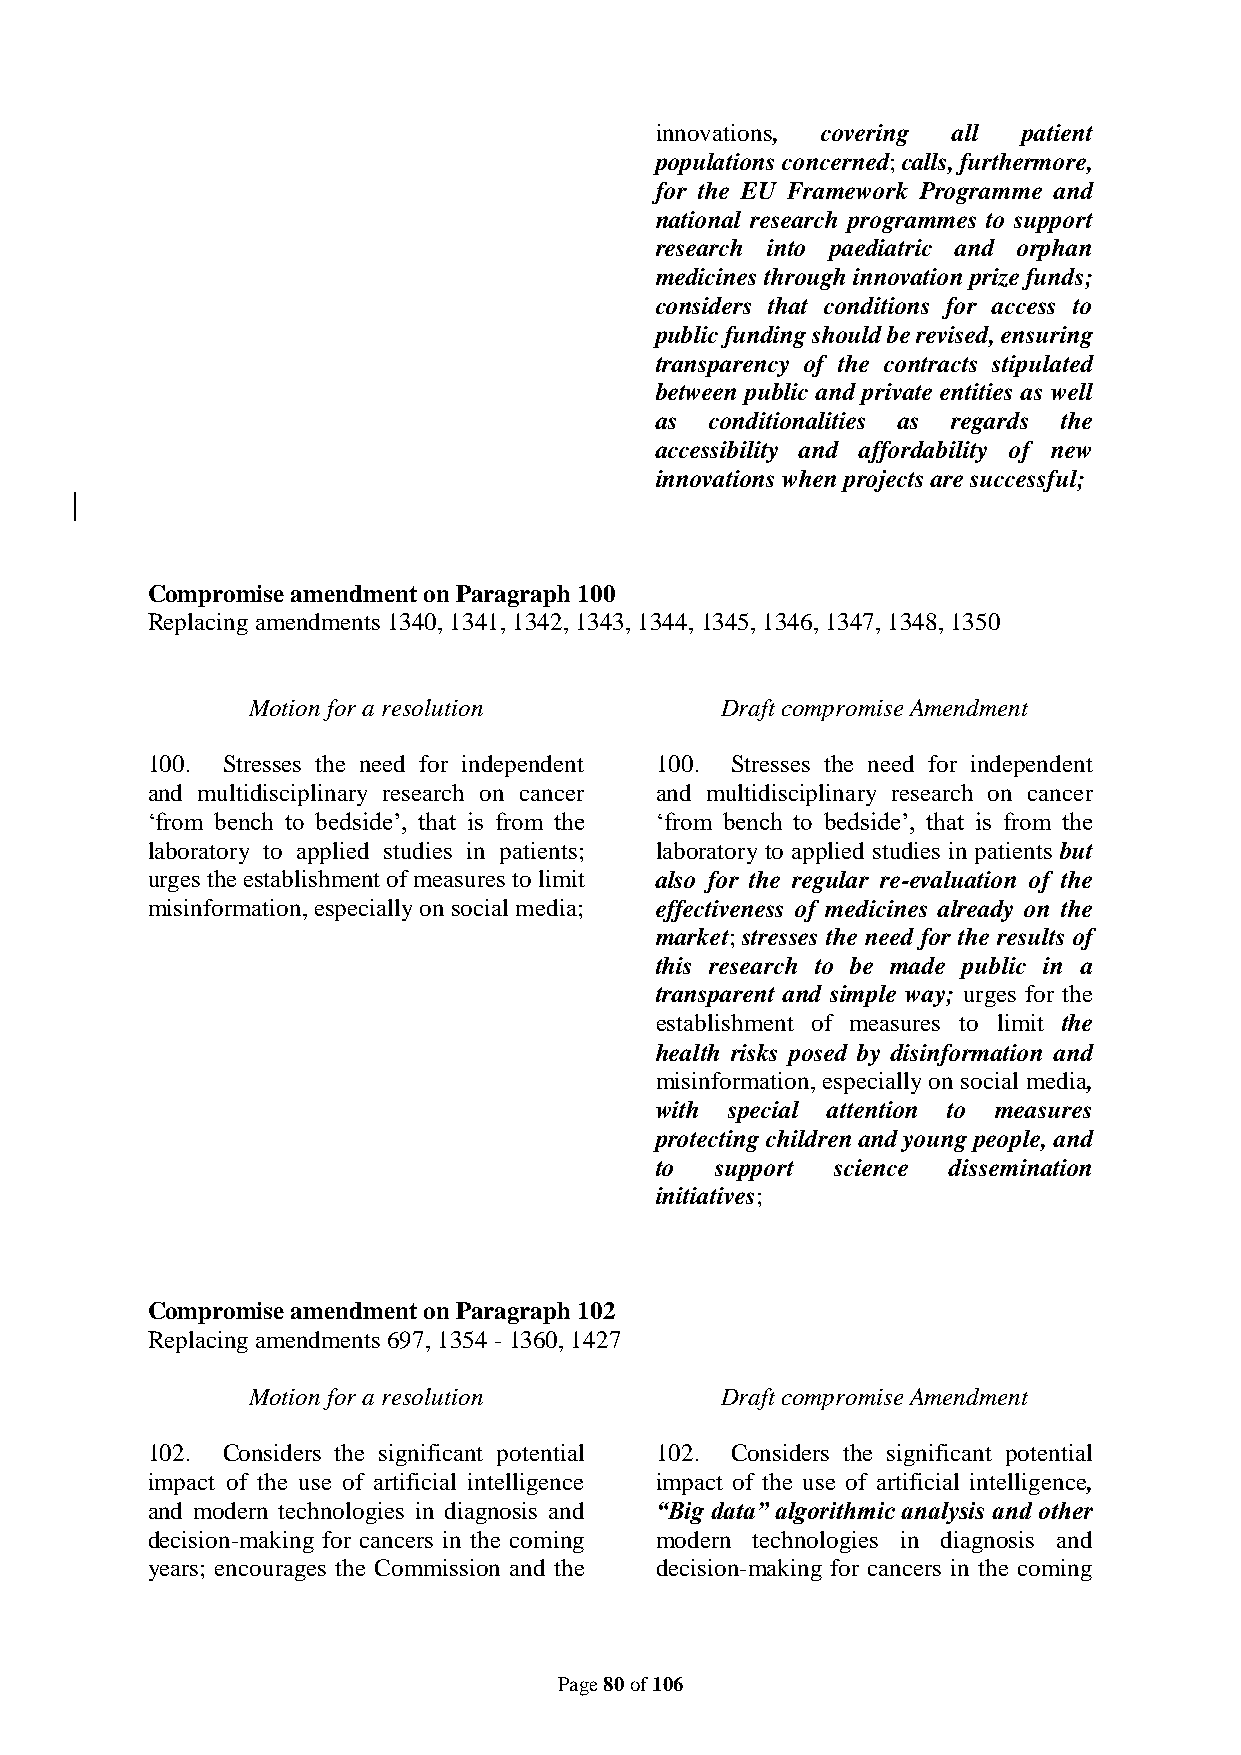
innovations, covering all patient
 populations concerned; calls, furthermore,
 for the EU Framework Programme and
 national research programmes to support
 research into paediatric and orphan
 medicines through innovation prize funds;
 considers that conditions for access to
 public funding should be revised, ensuring
 transparency of the contracts stipulated
 between public and private entities as well
 as  conditionalities as regards the
 accessibility and affordability of new
 innovations when projects are successful;
 Compromise amendment on Paragraph 100
 Replacing amendments 1340, 1341, 1342, 1343, 1344, 1345, 1346, 1347, 1348, 1350
 Motion for a resolution         Draft compromise Amendment
 100. Stresses the need for independent 100. Stresses the need for independent
 and multidisciplinary research on cancer and multidisciplinary research on cancer
 ‘from bench to bedside’, that is from the ‘from bench to bedside’, that is from the
 laboratory to applied studies in patients; laboratory to applied studies in patients but
 urges the establishment of measures to limit also for the regular re-evaluation of the
 misinformation, especially on social media; effectiveness of medicines already on the
 market; stresses the need for the results of
 this research to be made public in a
 transparent and simple way; urges for the
 establishment of measures to limit the
 health risks posed by disinformation and
 misinformation, especially on social media,
 with special attention to measures
 protecting children and young people, and
 to  support science dissemination
 initiatives;
 Compromise amendment on Paragraph 102
 Replacing amendments 697, 1354 - 1360, 1427
 Motion for a resolution         Draft compromise Amendment
 102. Considers the significant potential 102. Considers the significant potential
 impact of the use of artificial intelligence impact of the use of artificial intelligence,
 and modern technologies in diagnosis and “Big data” algorithmic analysis and other
 decision-making for cancers in the coming modern technologies in diagnosis and
 years; encourages the Commission and the decision-making for cancers in the coming
 Page 80 of 106